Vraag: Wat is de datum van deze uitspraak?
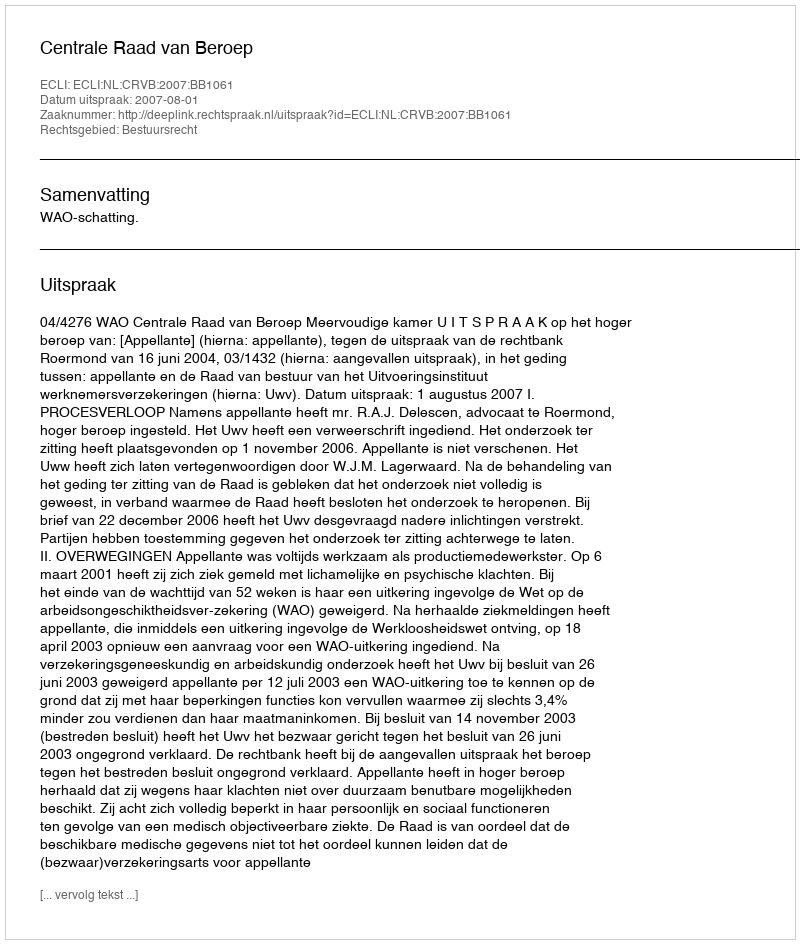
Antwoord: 2007-08-01